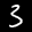
Label: 3